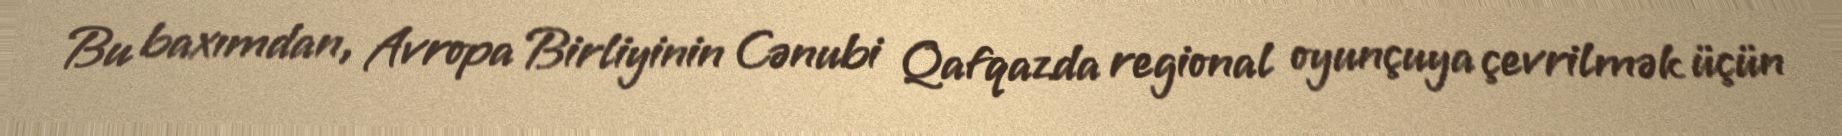
Bu baxımdan, Avropa Birliyinin Cənubi Qafqazda regional oyunçuya çevrilmək üçün